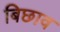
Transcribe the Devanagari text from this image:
बिछाव